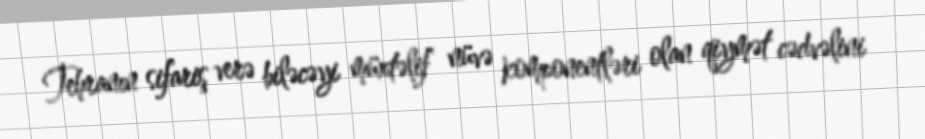
Tehranın sifariş verə biləcəyi müxtəlif nüvə komponentləri olan qiymət cədvəlini